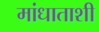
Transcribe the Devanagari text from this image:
मांधाताशी